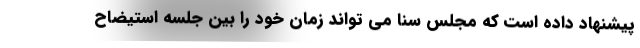
پیشنهاد داده است که مجلس سنا می تواند زمان خود را بین جلسه استیضاح